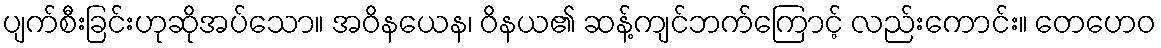
ပျက်စီးခြင်းဟုဆိုအပ်သော။ အဝိနယေန၊ ဝိနယ၏ ဆန့်ကျင်ဘက်ကြောင့် လည်းကောင်း။ တေဟေဝ